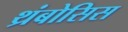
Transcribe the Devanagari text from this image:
थ्रंबोसिस